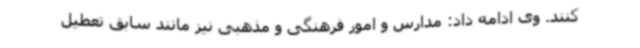
کنند. وی ادامه داد: مدارس و امور فرهنگی و مذهبی نیز مانند سابق تعطیل